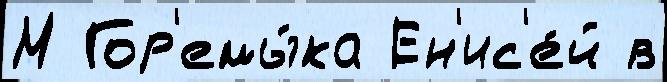
М Гор'емы́ка Ен'ис'е́й в